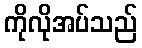
ကိုလိုအပ်သည်